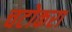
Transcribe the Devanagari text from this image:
चटोकरा